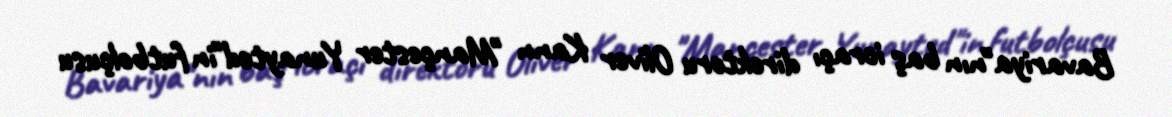
Bavariya"nın baş icraçı direktoru Oliver Kann "Mançester Yunayted"in futbolçusu